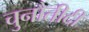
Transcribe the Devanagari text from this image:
चुनौतीदी